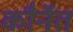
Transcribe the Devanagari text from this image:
कौर्नेत